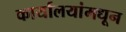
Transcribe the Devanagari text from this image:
कार्यालयांमधून